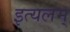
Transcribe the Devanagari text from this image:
इत्यलम्